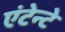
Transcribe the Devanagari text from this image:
एंटेन्टे